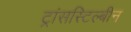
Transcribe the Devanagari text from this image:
ट्रांसस्टिल्बीन